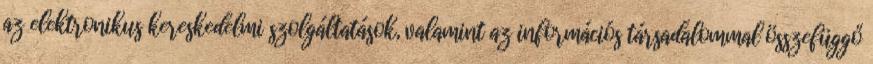
az elektronikus kereskedelmi szolgáltatások, valamint az információs társadalommal összefüggő